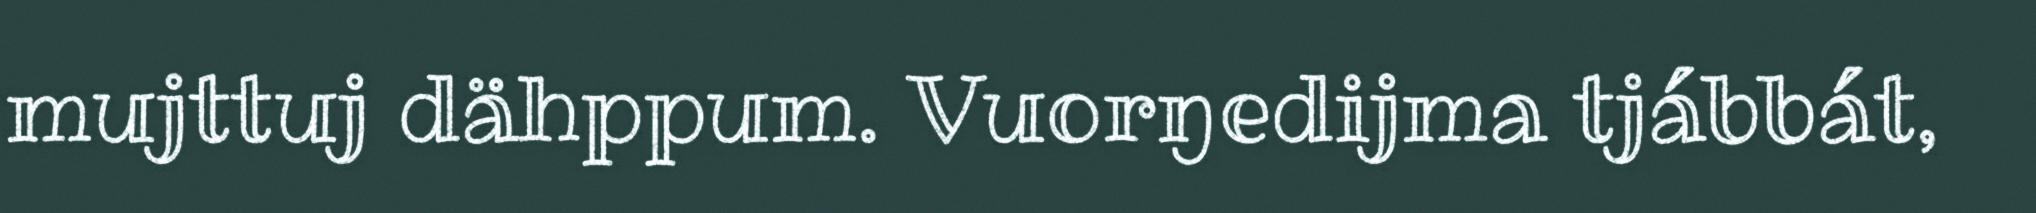
mujttuj dähppum. Vuorŋedijma tjábbát,